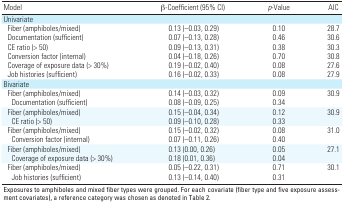
<table><thead><tr><td><b>Model</b></td><td><b>β-Coefficient (95% CI) </b></td><td><b><i>p</i>-Value</b></td><td><b>AIC</b></td></tr></thead><tbody><tr><td>Univariate</td><td></td><td></td><td></td><td></td><td></td><td></td></tr><tr><td>Fiber (amphiboles/mixed)</td><td></td><td>0.13 (–0.03, 0.29)</td><td></td><td>0.10</td><td></td><td>28.7</td></tr><tr><td>Documentation (sufficient)</td><td></td><td>0.07 (–0.13, 0.28)</td><td></td><td>0.46</td><td></td><td>30.6</td></tr><tr><td>CE ratio (&gt; 50)</td><td></td><td>0.09 (–0.13, 0.31)</td><td></td><td>0.38</td><td></td><td>30.3</td></tr><tr><td>Conversion factor (internal)</td><td></td><td>0.04 (–0.18, 0.26)</td><td></td><td>0.70</td><td></td><td>30.8</td></tr><tr><td>Coverage of exposure data (&gt; 30%)</td><td></td><td>0.19 (–0.02, 0.40)</td><td></td><td>0.08</td><td></td><td>27.6</td></tr><tr><td>Job histories (sufficient)</td><td></td><td>0.16 (–0.02, 0.33)</td><td></td><td>0.08</td><td></td><td>27.9</td></tr><tr><td>Bivariate</td><td></td><td></td><td></td><td></td><td></td><td></td></tr><tr><td>Fiber (amphiboles/mixed)</td><td></td><td>0.14 (–0.03, 0.32)</td><td></td><td>0.09</td><td></td><td>30.9</td></tr><tr><td>Documentation (sufficient)</td><td></td><td>0.08 (–0.09, 0.25)</td><td></td><td>0.34</td><td></td><td></td></tr><tr><td>Fiber (amphiboles/mixed)</td><td></td><td>0.15 (–0.04, 0.34)</td><td></td><td>0.12</td><td></td><td>30.9</td></tr><tr><td>CE ratio (&gt; 50)</td><td></td><td>0.09 (–0.10, 0.28)</td><td></td><td>0.33</td><td></td><td></td></tr><tr><td>Fiber (amphiboles/mixed)</td><td></td><td>0.15 (–0.02, 0.32)</td><td></td><td>0.08</td><td></td><td>31.0</td></tr><tr><td>Conversion factor (internal)</td><td></td><td>0.07 (–0.11, 0.26)</td><td></td><td>0.40</td><td></td><td></td></tr><tr><td>Fiber (amphiboles/mixed)</td><td></td><td>0.13 (0.00, 0.26)</td><td></td><td>0.05</td><td></td><td>27.1</td></tr><tr><td>Coverage of exposure data (&gt; 30%)</td><td></td><td>0.18 (0.01, 0.36)</td><td></td><td>0.04</td><td></td><td></td></tr><tr><td>Fiber (amphiboles/mixed)</td><td></td><td>0.05 (–0.22, 0.31)</td><td></td><td>0.71</td><td></td><td>30.1</td></tr><tr><td>Job histories (sufficient)</td><td></td><td>0.13 (–0.14, 0.40)</td><td></td><td>0.31</td><td></td><td></td></tr><tr><td colspan="7">Exposures to amphiboles and mixed fiber types were grouped. For each covariate (fiber type and five exposure assessment covariates), a reference category was chosen as denoted in Table 2.</td></tr></tbody></table>